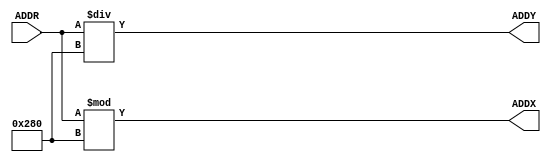
module offset(ADDR, ADDX, ADDY);
	//ADDR = 640*y + x;
	input[18:0] ADDR;
	output[18:0] ADDX,ADDY;
	assign ADDY = ADDR/(19'd640);
	assign ADDX = ADDR%(19'd640);
endmodule